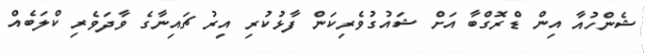
ޝެންހުއާ އިން ޑްރޮގްބާ އަށް ޝައުގުވެރިކަން ފާޅުކުރި އިރު ޗައިނާގެ ވާދަވެރި ކްލަބެއް